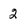
Character: 2